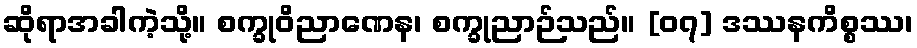
ဆိုရာအခါကဲ့သို့။ စက္ခုဝိညာဏေန၊ စက္ခုညာဉ်သည်။ [၀၇] ဒဿနကိစ္စဿ၊